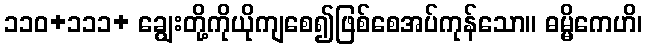
၁၁၀+၁၁၁+ ချွေးတို့ကိုယိုကျစေ၍ဖြစ်စေအပ်ကုန်သော။ ဓမ္မိကေဟိ၊